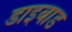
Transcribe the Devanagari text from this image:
डाइबाड